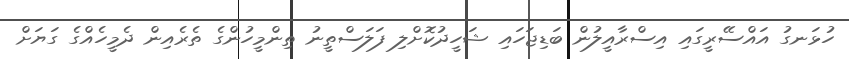
ހުޅަނގު އައްސޭރީގައި އިސްރާއީލުން ބަޑިޖަހައި ޝަހީދުކޮށްލި ފަލަސްތީނު ތިންމީހުންގެ ތެރެއިން ދެމީހެއްގެ ގަޔަށް